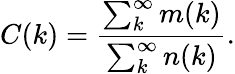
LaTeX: C(k)=\frac{\sum_{k}^{\infty}m(k)}{\sum_{k}^{\infty}n(k)}.